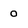
Character: o